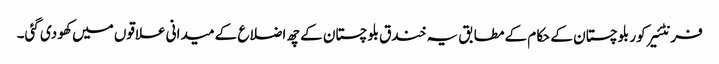
فرنٹئیر کور بلوچستان کے حکام کے مطابق یہ خندق بلوچستان کے چھ اضلاع کے میدانی علاقوں میں کھو دی گئی۔